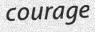
courage